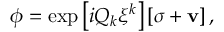
\phi = \exp \left[ i Q _ { k } \xi ^ { k } \right] \left[ \sigma + { \bf v } \right] ,